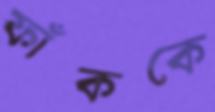
ফাঁককে